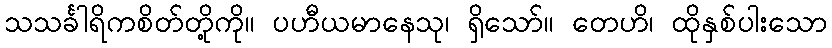
သသင်္ခါရိကစိတ်တို့ကို။ ပဟီယမာနေသု၊ ရှိသော်။ တေဟိ၊ ထိုနှစ်ပါးသော